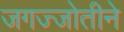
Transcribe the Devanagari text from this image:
जगज्जोतीने